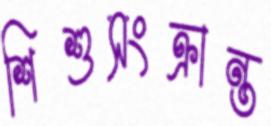
শিশুসংক্রান্ত